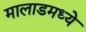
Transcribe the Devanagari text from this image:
मालाडमध्ये